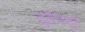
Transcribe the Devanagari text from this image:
जुलैपासून